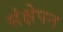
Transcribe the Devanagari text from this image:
संक्षेपन